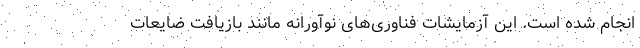
انجام شده است. این آزمایشات فناوری‌های نوآورانه مانند بازیافت ضایعات